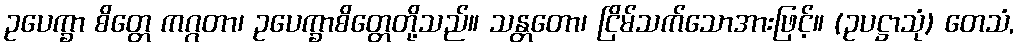
ဥပေက္ခာ စိတ္တေ ကဂ္ဂတာ၊ ဥပေက္ခာစိတ္တေတို့သည်။ သန္တတော၊ ငြိမ်သက်သောအားဖြင့်။ (ဥပဋ္ဌာသုံ) တေသံ,